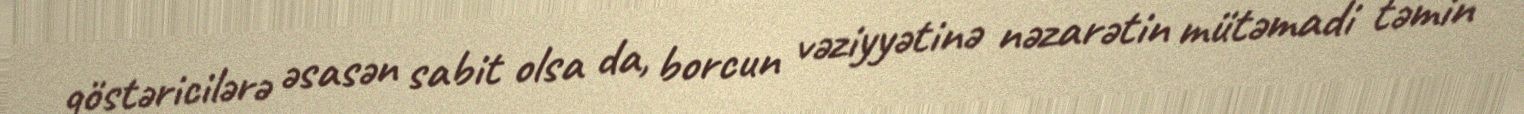
göstəricilərə əsasən sabit olsa da, borcun vəziyyətinə nəzarətin mütəmadi təmin